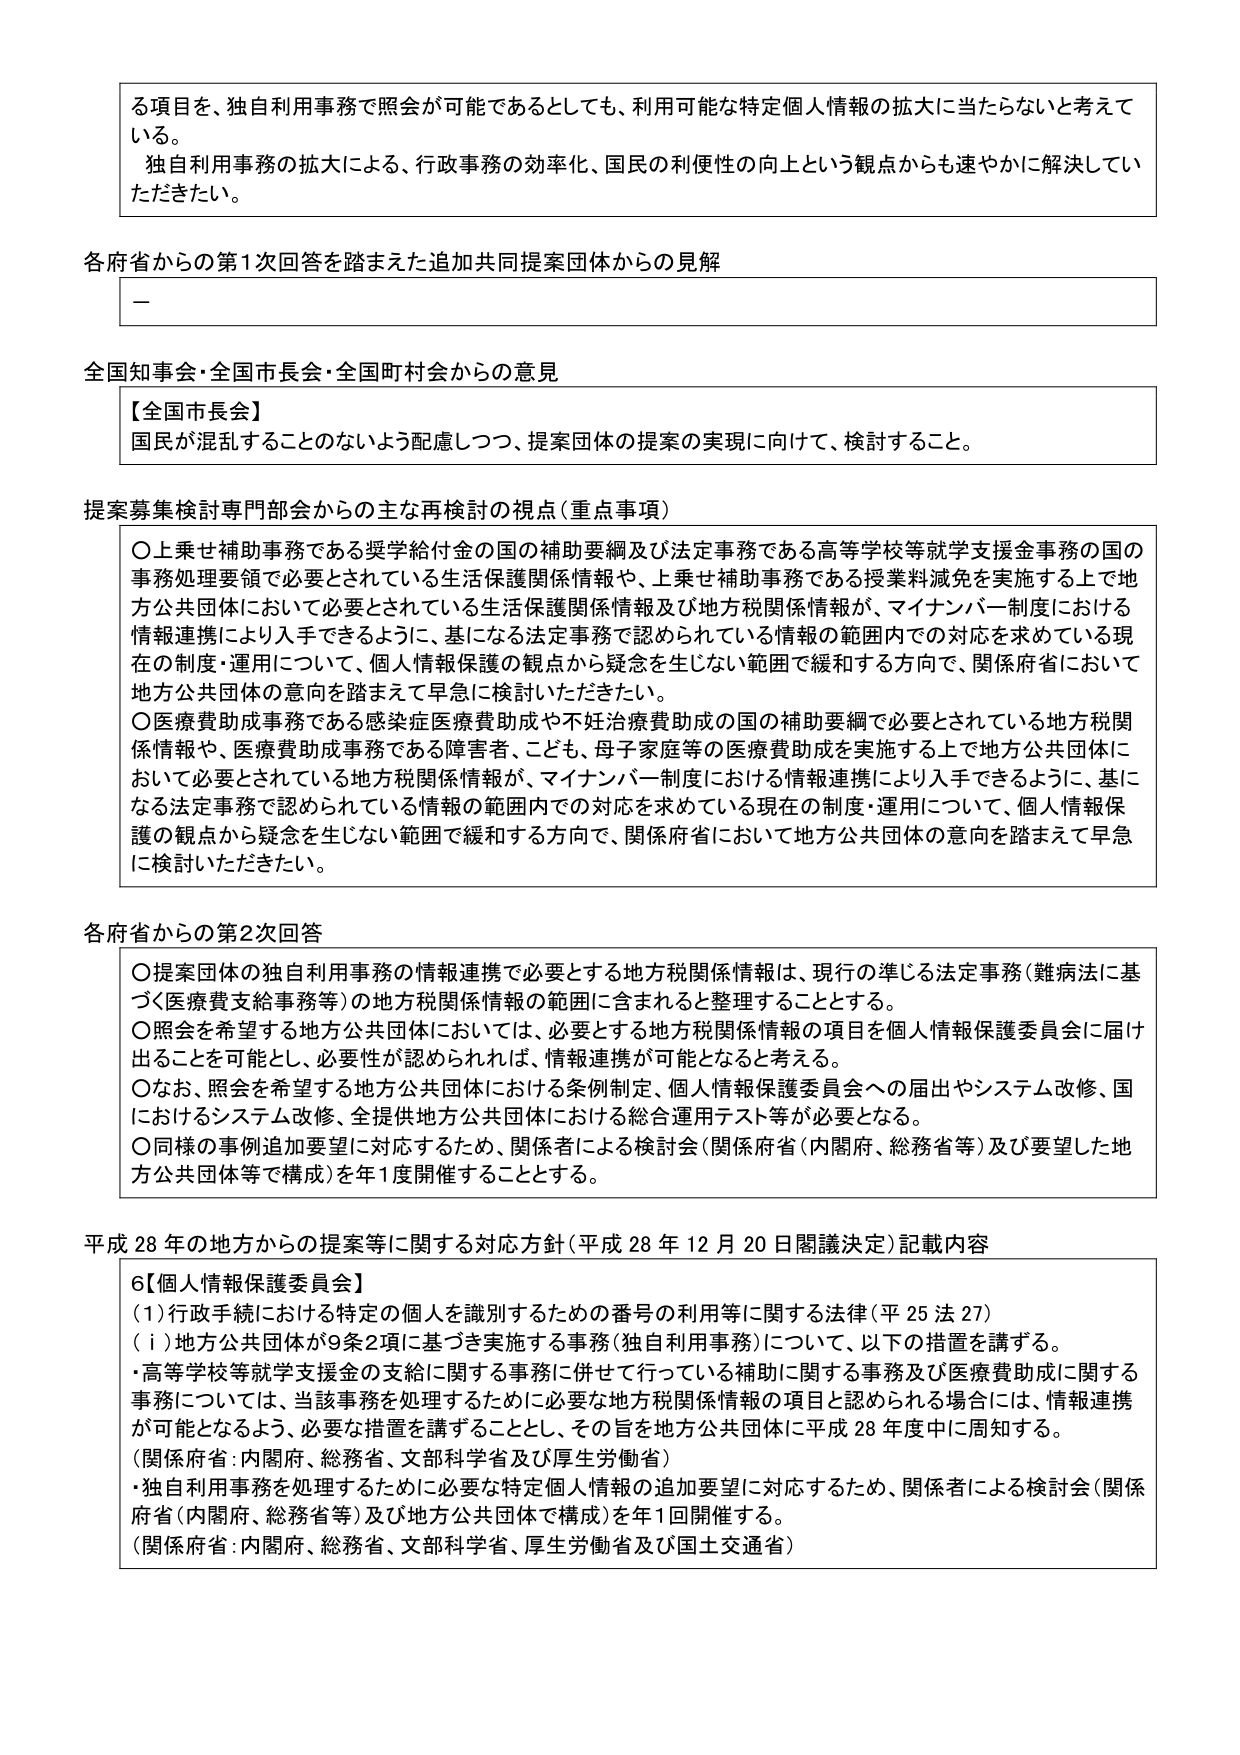
る項目を、独自利用事務で照会が可能であるとしても、利用可能な特定個人情報の拡大に当たらないと考えている。
独自利用事務の拡大による、行政事務の効率化、国民の利便性の向上という観点からも速やかに解決していただきたい。

各府省からの第1次回答を踏まえた追加共同提案団体からの見解
－

全国知事会・全国市長会・全国町村会からの意見
【全国市長会】
国民が混乱することのないよう配慮しつつ、提案団体の提案の実現に向けて、検討すること。

提案募集検討専門部会からの主な再検討の視点（重点事項）
〇上乗せ補助事務である奨学給付金の国の補助要綱及び法定事務である高等学校等就学支援金事務の国の事務処理要領で必要とされている生活保護関係情報や、上乗せ補助事務である授業料減免を実施する上で地方公共団体において必要とされている生活保護関係情報及び地方税関係情報が、マイナンバー制度における情報連携により入手できるように、基になる法定事務で認められている情報の範囲内での対応を求めている現在の制度・運用について、個人情報保護の観点から疑念を生じない範囲で緩和する方向で、関係府省において地方公共団体の意向を踏まえて早急に検討いただきたい。
〇医療費助成事務である感染症医療費助成や不妊治療費助成の国の補助要綱で必要とされている地方税関係情報や、医療費助成事務である障害者、こども、母子家庭等の医療費助成を実施する上で地方公共団体において必要とされている地方税関係情報が、マイナンバー制度における情報連携により入手できるように、基になる法定事務で認められている情報の範囲内での対応を求めている現在の制度・運用について、個人情報保護の観点から疑念を生じない範囲で緩和する方向で、関係府省において地方公共団体の意向を踏まえて早急に検討いただきたい。

各府省からの第2次回答
〇提案団体の独自利用事務の情報連携で必要とする地方税関係情報は、現行の準じる法定事務（難病法に基づく医療費支給事務等）の地方税関係情報の範囲に含まれると整理することとする。
〇照会を希望する地方公共団体においては、必要とする地方税関係情報の項目を個人情報保護委員会に届け出ることを可能とし、必要性が認められれば、情報連携が可能となると考える。
〇なお、照会を希望する地方公共団体における条例制定、個人情報保護委員会への届出やシステム改修、国におけるシステム改修、全提供地方公共団体における総合運用テスト等が必要となる。
〇同様の事例追加要望に対応するため、関係者による検討会（関係府省（内閣府、総務省等）及び要望した地方公共団体等で構成）を年1度開催することとする。

平成28年の地方からの提案等に関する対応方針（平成28年12月20日閣議決定）記載内容
6【個人情報保護委員会】
（1）行政手続における特定の個人を識別するための番号の利用等に関する法律（平25法27）
（ⅰ）地方公共団体が9条2項に基づき実施する事務（独自利用事務）について、以下の措置を講ずる。
・高等学校等就学支援金の支給に関する事務に併せて行っている補助に関する事務及び医療費助成に関する事務については、当該事務を処理するために必要な地方税関係情報の項目と認められる場合には、情報連携が可能となるよう、必要な措置を講ずることとし、その旨を地方公共団体に平成28年度中に周知する。
（関係府省：内閣府、総務省、文部科学省及び厚生労働省）
・独自利用事務を処理するために必要な特定個人情報の追加要望に対応するため、関係者による検討会（関係府省（内閣府、総務省等）及び地方公共団体で構成）を年1回開催する。
（関係府省：内閣府、総務省、文部科学省、厚生労働省及び国土交通省）